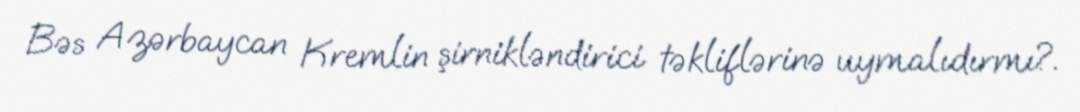
Bəs Azərbaycan Kremlin şirnikləndirici təkliflərinə uymalıdırmı?.